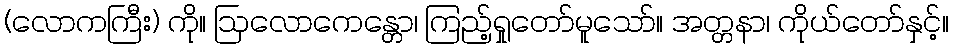
(လောကကြီး) ကို။ ဩလောကေန္တော၊ ကြည့်ရှုတော်မူသော်။ အတ္တနာ၊ ကိုယ်တော်နှင့်။